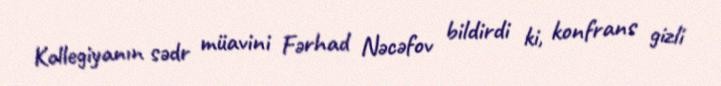
Kollegiyanın sədr müavini Fərhad Nəcəfov bildirdi ki, konfrans gizli